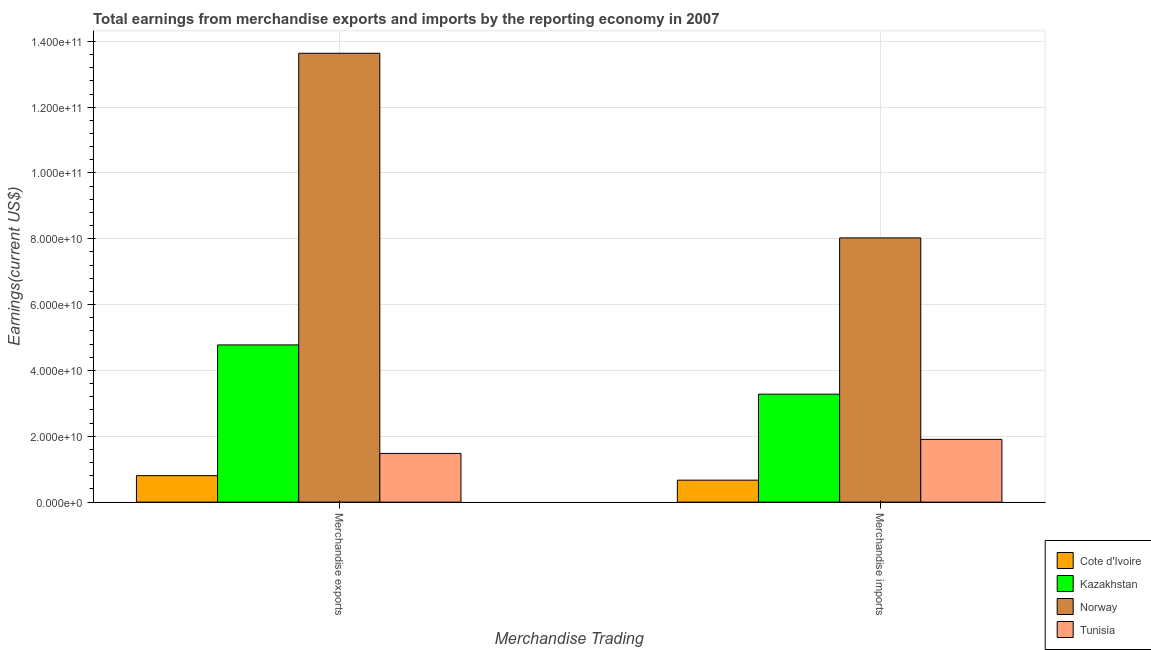
| Merchandise Trading | Cote d'Ivoire | Kazakhstan | Norway | Tunisia |
 | --- | --- | --- | --- | --- |
 | Merchandise exports | 8.05e+09 | 4.78e+10 | 1.36e+11 | 1.48e+10 |
 | Merchandise imports | 6.67e+09 | 3.28e+10 | 8.03e+10 | 1.91e+10 |